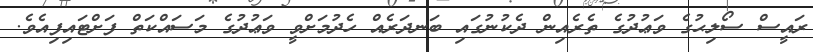
ރައީސް ސޯލިޙުގެ ވަޢުދުގެ ތެރެއިން ދެކުނުގައި ބަނދަރެއް ހެދުމަށްވީ ވަޢުދުގެ މަސައްކަތް ފަށްޓައިފިއެވެ.